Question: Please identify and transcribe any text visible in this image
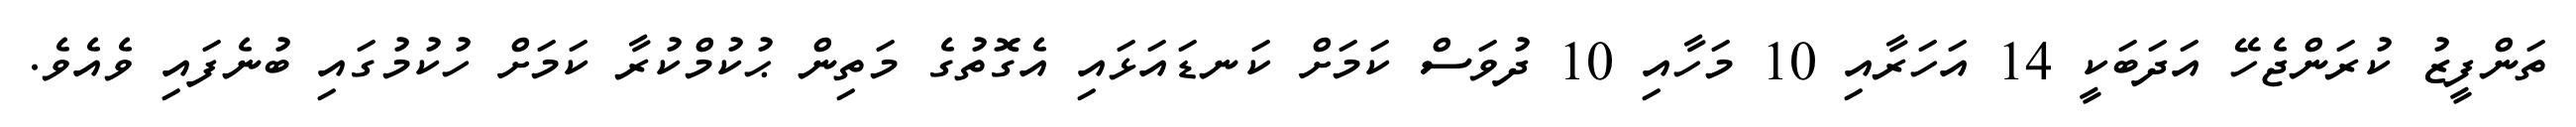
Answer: ތަންފީޒު ކުރަންޖެހޭ އަދަބަކީ 14 އަހަރާއި 10 މަހާއި 10 ދުވަސް ކަމަށް ކަނޑައަޅައި އެގޮތުގެ މަތިން ޙުކުމްކުރާ ކަމަށް ހުކުމުގައި ބުނެފައި ވެއެވެ.